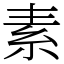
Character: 素